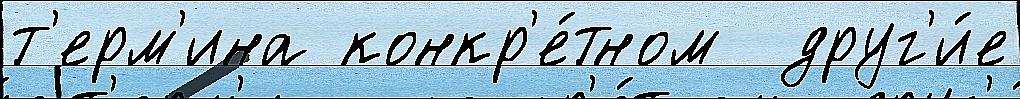
т'ерм'ина конкр'е́тном  друг'и́е